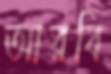
আরবি